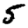
Digit: 5